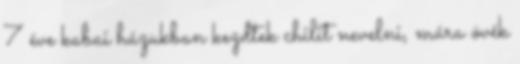
7 éve kabai házukban kezdtek chilit nevelni, mára övék